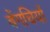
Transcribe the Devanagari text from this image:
बेंगचियों